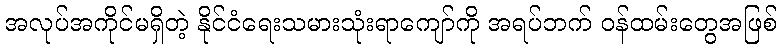
အလုပ်အကိုင်မရှိတဲ့ နိုင်ငံရေးသမားသုံးရာကျော်ကို အရပ်ဘက် ဝန်ထမ်းတွေအဖြစ်